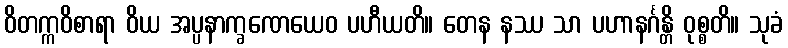
ဝိတက္ကဝိစာရာ ဝိယ အပ္ပနာက္ခဏေယေဝ ပဟီယတိ။ တေန နဿ သာ ပဟာနင်္ဂန္တိ ဝုစ္စတိ။ သုခံ